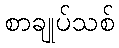
စာချုပ်သစ်